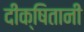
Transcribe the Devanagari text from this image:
दीक्षितानी